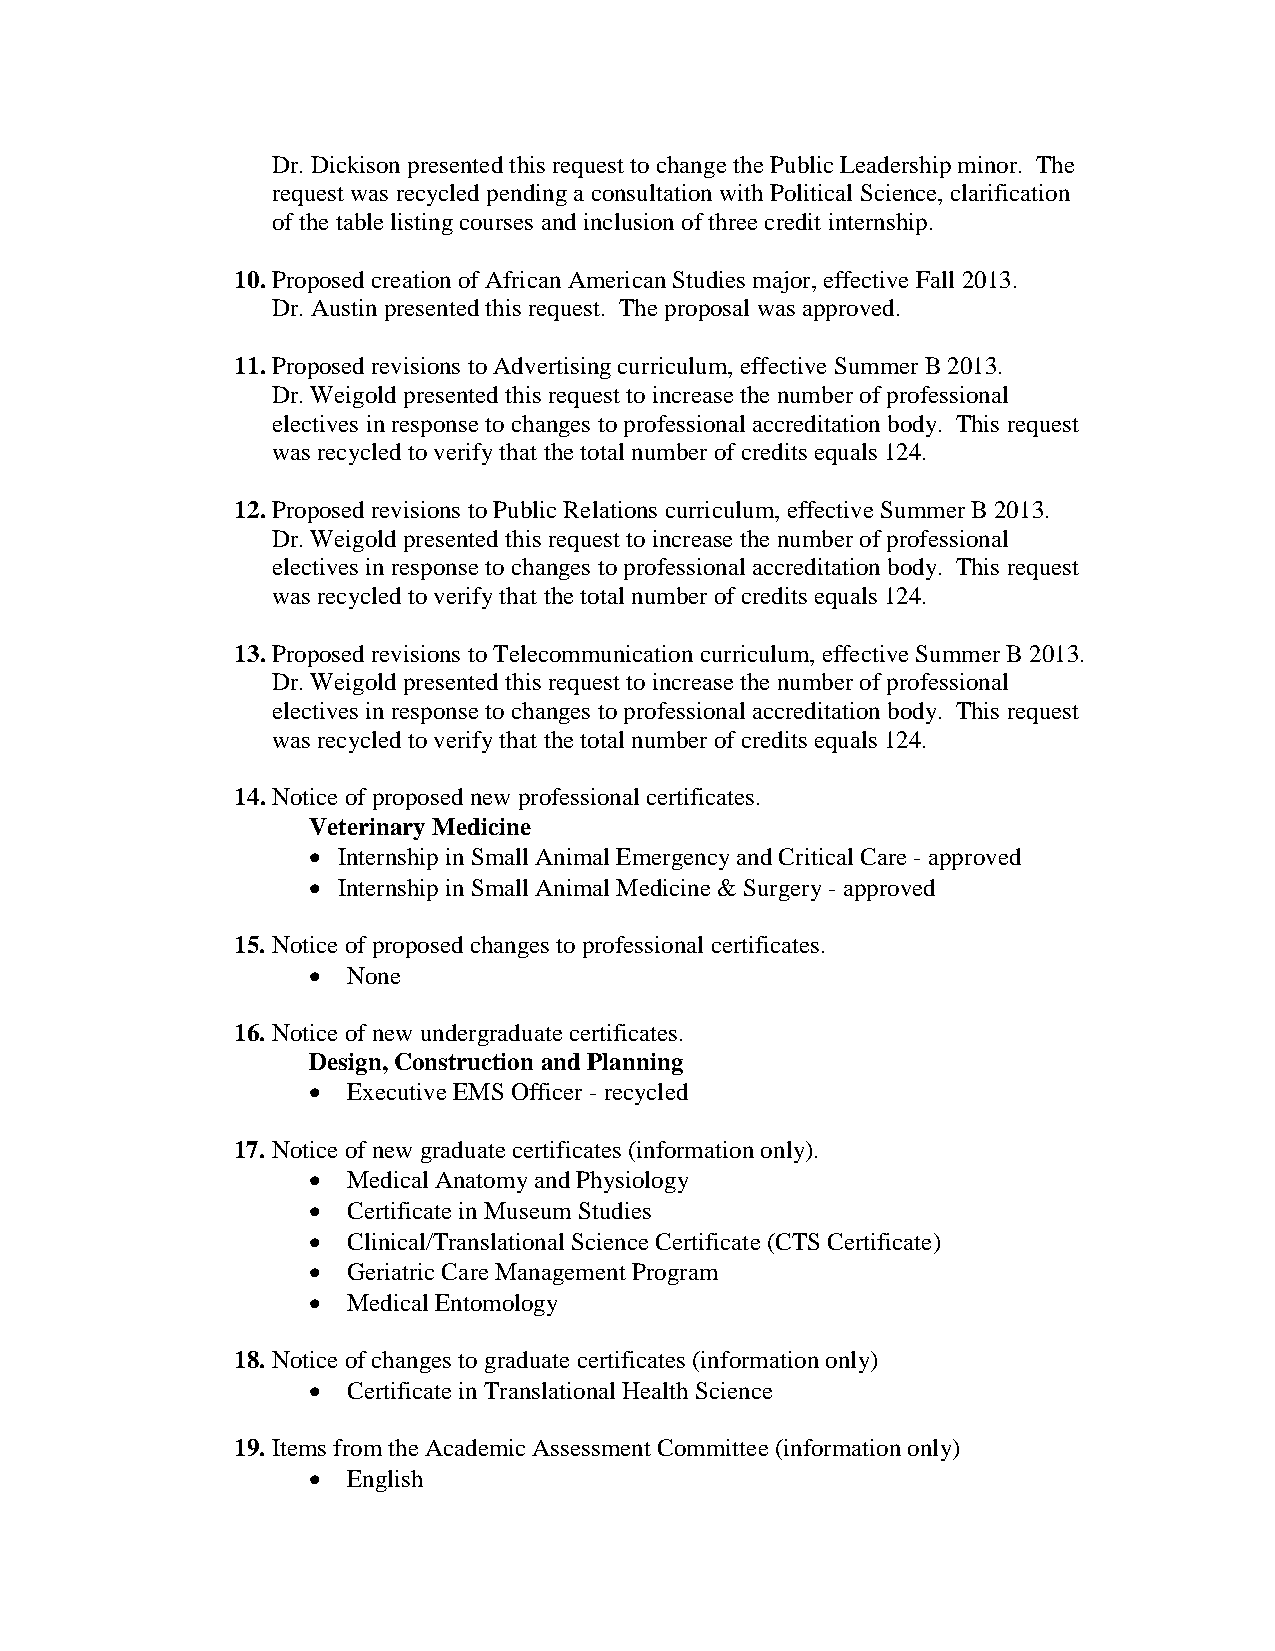
Dr. Dickison presented this request to change the Public Leadership minor. The
 request was recycled pending a consultation with Political Science, clarification
 of the table listing courses and inclusion of three credit internship.
 10. Proposed creation of African American Studies major, effective Fall 2013.
 Dr. Austin presented this request. The proposal was approved.
 11. Proposed revisions to Advertising curriculum, effective Summer B 2013.
 Dr. Weigold presented this request to increase the number of professional
 electives in response to changes to professional accreditation body. This request
 was recycled to verify that the total number of credits equals 124.
 12. Proposed revisions to Public Relations curriculum, effective Summer B 2013.
 Dr. Weigold presented this request to increase the number of professional
 electives in response to changes to professional accreditation body. This request
 was recycled to verify that the total number of credits equals 124.
 13. Proposed revisions to Telecommunication curriculum, effective Summer B 2013.
 Dr. Weigold presented this request to increase the number of professional
 electives in response to changes to professional accreditation body. This request
 was recycled to verify that the total number of credits equals 124.
 14. Notice of proposed new professional certificates.
 Veterinary Medicine
 • Internship in Small Animal Emergency and Critical Care - approved
 • Internship in Small Animal Medicine & Surgery - approved
 15. Notice of proposed changes to professional certificates.
 •  None
 16. Notice of new undergraduate certificates.
 Design, Construction and Planning
 •  Executive EMS Officer - recycled
 17. Notice of new graduate certificates (information only).
 •  Medical Anatomy and Physiology
 •  Certificate in Museum Studies
 •  Clinical/Translational Science Certificate (CTS Certificate)
 •  Geriatric Care Management Program
 •  Medical Entomology
 18. Notice of changes to graduate certificates (information only)
 •  Certificate in Translational Health Science
 19. Items from the Academic Assessment Committee (information only)
 •  English